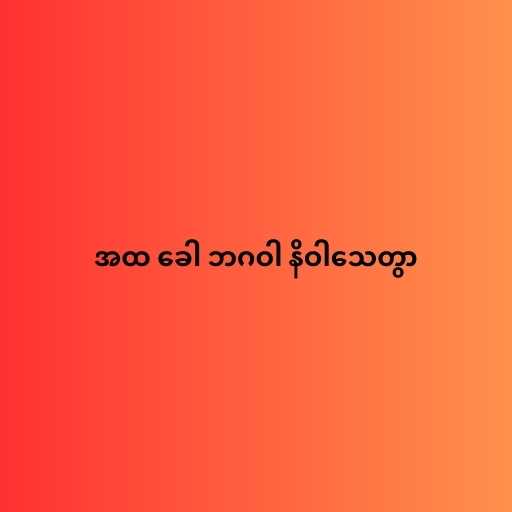
အထ ခေါ ဘဂဝါ နိဝါသေတွာ